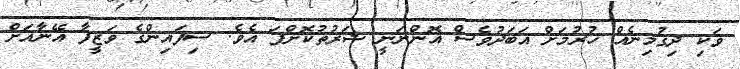
ވަކި ދިގުމިނެއް ހުރުމަށް އަބަދުވެސް އޮންނަނީ ޝަރުތުކޮށްފަ އެވެ. ސިފައިންގެ ވަޒީފާ އޭނާއަށް